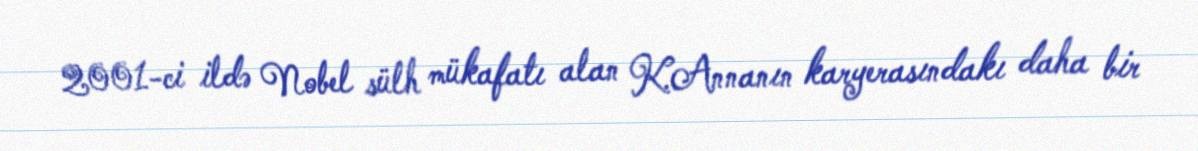
2001-ci ildə Nobel sülh mükafatı alan K.Annanın karyerasındakı daha bir